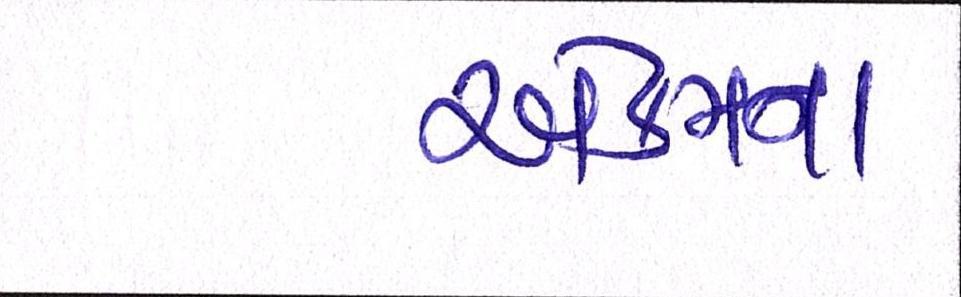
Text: એકમના